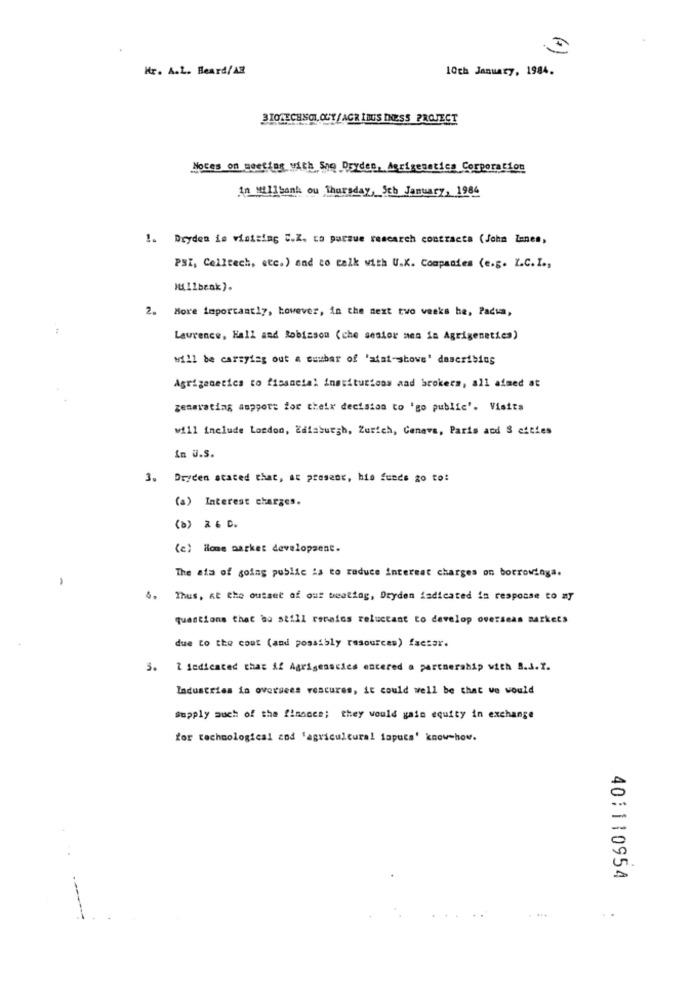
Hr. A.L. Beard/AB
10th January, 1984.
BIOTECHNOLOGY/AGR IBUS INESS PROJECT
Notes on gestias with She Dryden, Agrigenetics Corporation
in Mtillsank ou Thursday, Sch January, 1984
1. Dryden is visiting U.Z. to pursue research contracts ( John Innes,
PSZ, Celltech, etc.) and to talk with U.K. Companies (e.g. I.C.I .,
Jul1benk).
2. More importantly, however, in the next two weeks he, Padua,
Laurence, Hall and Robinson (che sestor mes in Agrigenetics)
will be carrying out & ouubar of 'afai-showe' describing
Agrigenetics to fissacial institutions and brokers, all aimed at
generating ampgott for their decision to 'go public'. Visits
will include London, Zaiaburgh, Zurich, Cenavs, Paris and S cities
In U.S.
3.
Dryden stated that, at present, bio funds go to:
(a) Interest charges.
(a) × 6 0.
(c) Hlome parket developsent.
The aim of going public is to reduce interest charges on borrowinga.
4. Thus, at the outset of our beating, Dryden iadicated in response to my
questions that bu still remains reluctant to develop overseas Barkets
due to the coat (and possibly resources) factor.
5. 7 dedicated that Af Agrigenacics entered a partnership with B.J.T.
Industries in oversees voscures, it could well be that ve would
Supply auch of the finaces; they would gain equity in exchange
for technological and 'agricultural iapuca' know-how.
40:110954